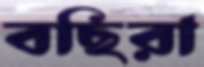
বছিরা